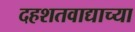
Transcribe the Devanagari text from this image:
दहशतवाद्याच्या